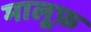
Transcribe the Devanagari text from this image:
मालूफ़